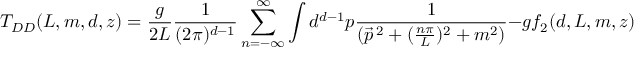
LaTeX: T _ { D D } ( L , m , d , z ) = \frac { g } { 2 L } \frac { 1 } { ( 2 \pi ) ^ { d - 1 } } \sum _ { n = - \infty } ^ { \infty } \int d ^ { d - 1 } p \frac { 1 } { ( \vec { p } ^ { \, 2 } + ( \frac { n \pi } { L } ) ^ { 2 } + m ^ { 2 } ) } - g f _ { 2 } ( d , L , m , z )